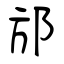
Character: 邡